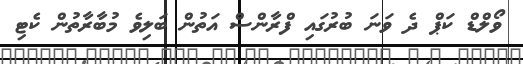
ވޯލްޑް ކަޕް ދެ ވަނަ ބުރުގައި ފްރާންސް އަތުން ބަލިވެ މުބާރާތުން ކެޓި